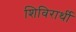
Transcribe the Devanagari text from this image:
शिविरार्थी